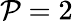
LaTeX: \mathcal{P}=2